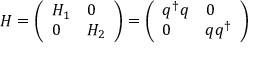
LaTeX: H = \left( \begin{array} { l l } { { H _ { 1 } } } & { { 0 } } \\ { { 0 } } & { { H _ { 2 } } } \end{array} \right) = \left( \begin{array} { l l } { { q ^ { \dagger } q } } & { { 0 } } \\ { { 0 } } & { { q q ^ { \dagger } } } \end{array} \right)